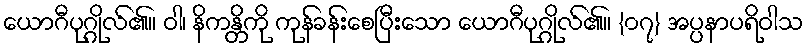
ယောဂီပုဂ္ဂိုလ်၏။ ဝါ၊ နိကန္တိကို ကုန်ခန်းစေပြီးသော ယောဂီပုဂ္ဂိုလ်၏။ {၀၇} အပ္ပနာပရိဝါသ